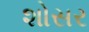
શોસર